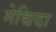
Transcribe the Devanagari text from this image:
मेच्चिदा